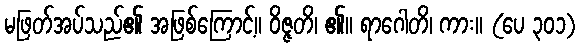
မဖြတ်အပ်သည်၏ အဖြစ်ကြောင့်။ ဝိဇ္ဇတိ၊ ၏။ ရာဂေါတိ၊ ကား။ (ပေ ၃၀၁)